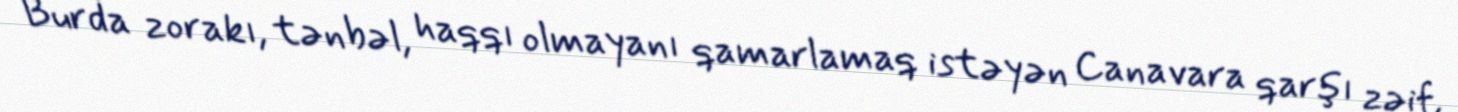
Burda zorakı, tənbəl, haqqı olmayanı qamarlamaq istəyən Canavara qarşı zəif,